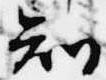
知